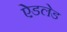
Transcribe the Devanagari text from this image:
ऐडलेड